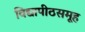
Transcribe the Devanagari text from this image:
विद्यापीठसमूह